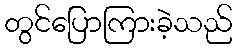
တွင်ပြောကြားခဲ့သည်